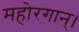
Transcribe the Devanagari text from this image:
महोरगान्।